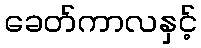
ခေတ်ကာလနှင့်